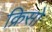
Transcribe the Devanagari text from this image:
क्रिसो